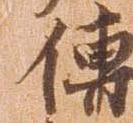
伝